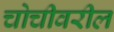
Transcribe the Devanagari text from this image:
चोचीवरील